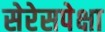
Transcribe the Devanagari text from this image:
सेरेसपेक्षा